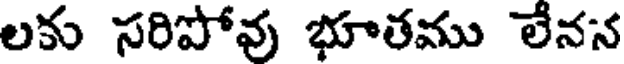
లకు సరిపోవు భూతము లేనన